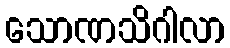
သောဏသိဂါလာ